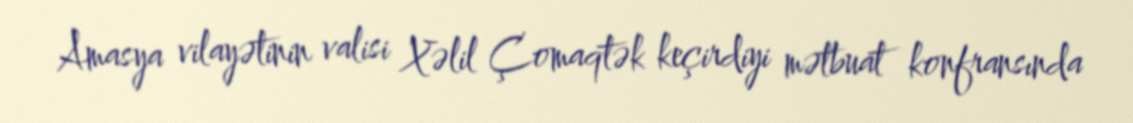
Amasya vilayətinin valisi Xəlil Çomaqtək keçirdiyi mətbuat konfransında